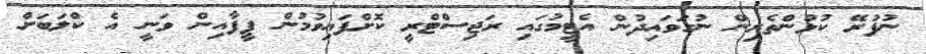
ނުފުރޭ ކުޅުންތެރިން ނުގަވައިދުން އެޓީމުގައި ރަޖިސްޓްރީ ކޮށްފައިވުމުން ފީފާއިން ވަނީ އެ ކްލަބަށް